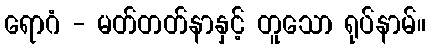
ရောဂံ - မတ်တတ်နာနှင့် တူသော ရုပ်နာမ်။